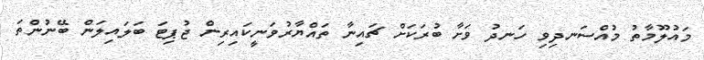
މައުލޫމާތު މުއްސަނދިވި ހަނދު ވަށާ ބުރަކަށް ޗައިނާ ތައްޔާރުވަނީކައިރިން ޖުޕިޓަ ބަލައިލަން ބޭނުންތަ